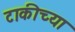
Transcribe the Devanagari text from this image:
टाकीच्या